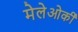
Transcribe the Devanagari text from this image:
मेलेओर्की